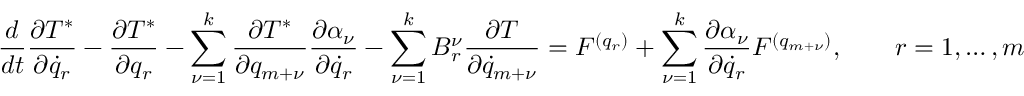
\frac { d } { d t } \frac { \partial T ^ { * } } { \partial { \dot { q } } _ { r } } - \frac { \partial T ^ { * } } { \partial q _ { r } } - \sum _ { \nu = 1 } ^ { k } \frac { \partial T ^ { * } } { \partial q _ { m + \nu } } \frac { \partial \alpha _ { \nu } } { \partial { \dot { q } _ { r } } } - \sum _ { \nu = 1 } ^ { k } B _ { r } ^ { \nu } \frac { \partial T } { \partial { \dot { q } } _ { m + \nu } } = { \cal F } ^ { ( q _ { r } ) } + \sum _ { \nu = 1 } ^ { k } \frac { \partial \alpha _ { \nu } } { \partial { \dot { q } } _ { r } } { \cal F } ^ { ( q _ { m + \nu } ) } , \qquad r = 1 , \dots , m